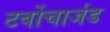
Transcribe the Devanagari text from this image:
टर्बोचार्जड